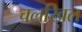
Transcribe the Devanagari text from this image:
चलखिल